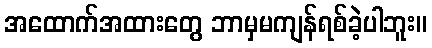
အထောက်အထားတွေ ဘာမှမကျန်ရစ်ခဲ့ပါဘူး။